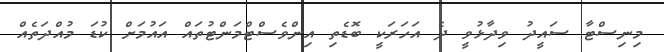
މިނިސްޓާ ސައީދު ވިދާޅުވީ ދެ އަހަރަކީ ބޮޑެތި އިންވެސްޓްމަންޓުތައް އައުމަށް ކުޑަ މުއްދަތެއް